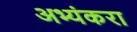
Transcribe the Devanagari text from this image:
अभ्यंकरा